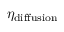
\eta _ { \mathrm { d i f f u s i o n } }